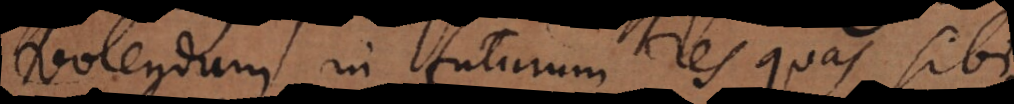
volendum in futurum res quas sibi